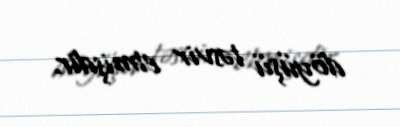
döyüşü təsvir etmişdir.